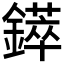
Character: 𲇥